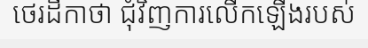
ថេរដីកាថា ជុំវិញការលើកឡើងរបស់